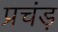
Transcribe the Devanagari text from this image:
प्रचंड़